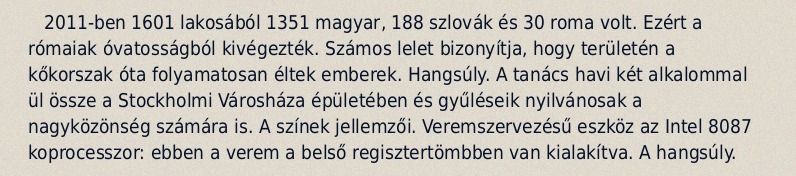
2011-ben 1601 lakosából 1351 magyar, 188 szlovák és 30 roma volt. Ezért a rómaiak óvatosságból kivégezték. Számos lelet bizonyítja, hogy területén a kőkorszak óta folyamatosan éltek emberek. Hangsúly. A tanács havi két alkalommal ül össze a Stockholmi Városháza épületében és gyűléseik nyilvánosak a nagyközönség számára is. A színek jellemzői. Veremszervezésű eszköz az Intel 8087 koprocesszor: ebben a verem a belső regisztertömbben van kialakítva. A hangsúly.